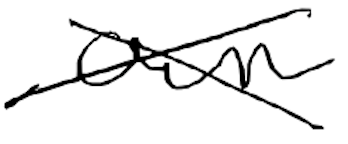
Text: own
Cross-out: cross
Writing tool: digital_black